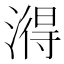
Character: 𬈫